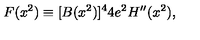
F ( x ^ { 2 } ) \equiv [ B ( x ^ { 2 } ) ] ^ { 4 } 4 e ^ { 2 } H ^ { \prime \prime } ( x ^ { 2 } ) ,